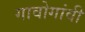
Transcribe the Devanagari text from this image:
गावोगांवी